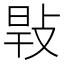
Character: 㪋